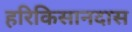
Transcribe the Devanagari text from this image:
हरिकिसानदास